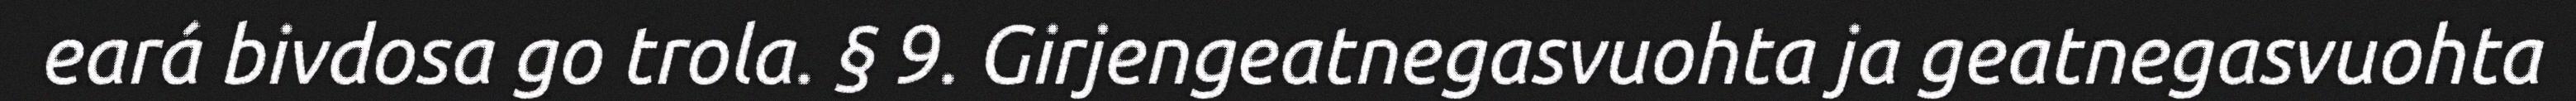
eará bivdosa go trola. § 9. Girjengeatnegasvuohta ja geatnegasvuohta